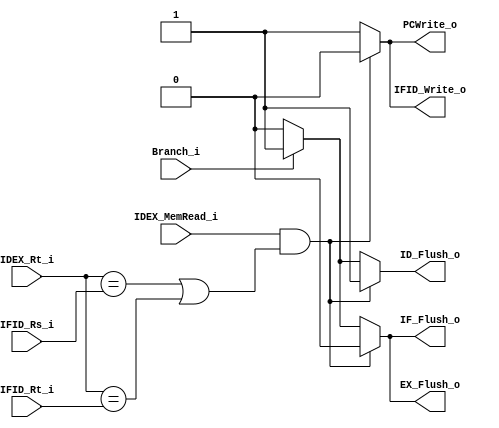
//Subject:     CO project 5 - HazardDetect
//--------------------------------------------------------------------------------
//Version:     1
//--------------------------------------------------------------------------------
//Writer:      0516215 
//----------------------------------------------
//Date:        
//----------------------------------------------
//Description: 
//--------------------------------------------------------------------------------
module HazardDetect(
    IDEX_MemRead_i,
    IDEX_Rt_i,
    IFID_Rs_i,
    IFID_Rt_i,
    Branch_i,
    ID_Flush_o,
    IF_Flush_o,
    EX_Flush_o,
    PCWrite_o,
    IFID_Write_o
);
input   IDEX_MemRead_i;		  
input   [5-1:0] IDEX_Rt_i;
input   [5-1:0] IFID_Rs_i;
input   [5-1:0] IFID_Rt_i;
input   Branch_i;


output reg ID_Flush_o;
output reg IF_Flush_o;
output reg EX_Flush_o;
output reg PCWrite_o;
output reg IFID_Write_o;

always@(*) begin
    if(IDEX_MemRead_i == 1 && (IDEX_Rt_i == IFID_Rs_i || IDEX_Rt_i == IFID_Rt_i)) begin
        ID_Flush_o = 1;
        IF_Flush_o = 0;
        EX_Flush_o = 0;
        PCWrite_o = 0;
        IFID_Write_o = 0;
    end
    else if (Branch_i == 1)begin
        ID_Flush_o = 1;
        IF_Flush_o = 1;
        EX_Flush_o = 1;
        PCWrite_o = 1;
        IFID_Write_o = 1;
    end
    else begin
        ID_Flush_o = 0;
        IF_Flush_o = 0;
        EX_Flush_o = 0;
        PCWrite_o = 1;
        IFID_Write_o = 1;  
    end
        
end

endmodule